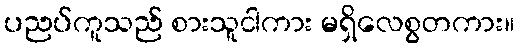
ပညပ်ကူသည် စားသူငါကား မရှိလေစွတကား။